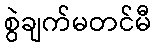
စွဲချက်မတင်မီ